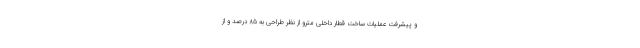
و پیشرفت عملیات ساخت قطار داخلی مترو از نظر طراحی به ۸۵ درصد و از